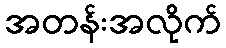
အတန်းအလိုက်